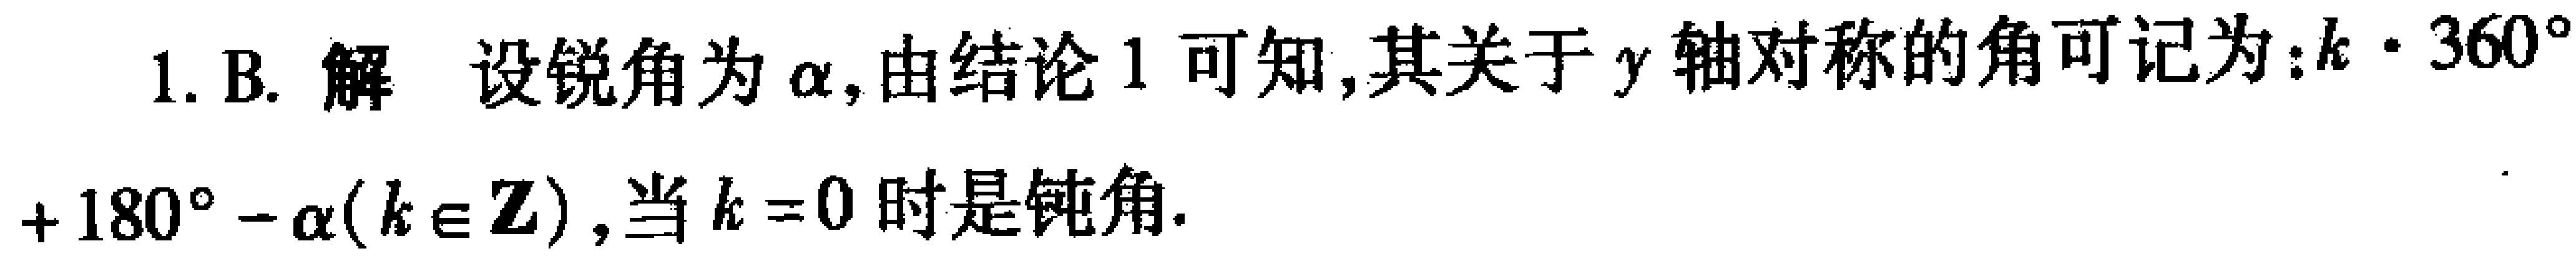
1. B. 解 设锐角为\(\alpha\)，由结论1可知，其关于\(y\)轴对称的角可记为：\(k\cdot360^{\circ}+180^{\circ}-\alpha(k\in\mathbf{Z})\)，当\(k = 0\)时是钝角.